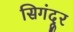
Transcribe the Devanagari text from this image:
सिगंदूर